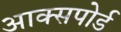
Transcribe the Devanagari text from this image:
आक्सपोर्ड